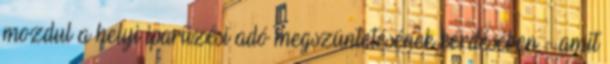
mozdul a helyi iparűzési adó megszüntetésének kérdésében - amit